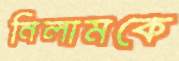
নিলামকে